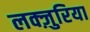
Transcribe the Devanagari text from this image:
लक्ज़ुरिया